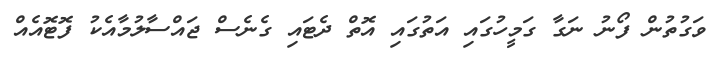
ވަގުތުން ފޯނު ނަގާ ގަމީހުގައި އަތުގައި އޮތް ދެޓައި ގެނެސް ޖައްސާލުމާއެކު ފޮޓޮއެއް